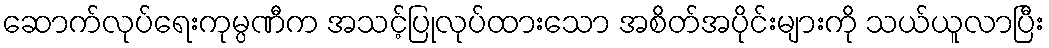
ဆောက်လုပ်ရေးကုမ္ပဏီက အသင့်ပြုလုပ်ထားသော အစိတ်အပိုင်းများကို သယ်ယူလာပြီး